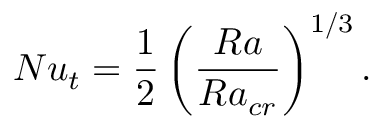
N u _ { t } = \frac { 1 } { 2 } \left( \frac { R a } { R a _ { c r } } \right) ^ { 1 / 3 } .